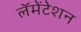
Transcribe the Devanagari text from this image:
लॅमेंटेशन